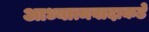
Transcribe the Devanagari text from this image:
आध्यात्मवादाकडे